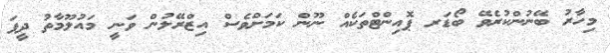
މިހާރު ބޭނުންކުރެވޭ ބޯޑަރ ޕޮއިންޓްތަކެއް ނޫން ކަމަށްވެސް އިޒްރޭލުން ވަނީ މައުލޫމާތު ދީފަ